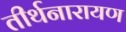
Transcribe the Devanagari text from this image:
तीर्थनारायण